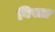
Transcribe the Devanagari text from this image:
बिस्ता